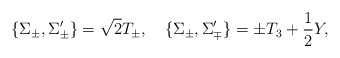
\begin{align*}\{ \Sigma_{\pm}, \Sigma^{\prime}_{\pm} \}=\sqrt{2}T_{\pm}, \quad \{ \Sigma_{\pm}, \Sigma^{\prime}_{\mp} \}=\pm T_{3}+\frac{1}{2}Y,\end{align*}